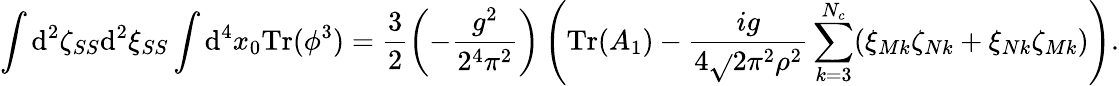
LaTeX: \int\mathrm{d}^{2}\zeta_{SS}\mathrm{d}^{2}\xi_{SS}\int\mathrm{d}^{4}x_{0}\mathrm{{Tr}}(\phi^{3})=\frac{{3}}{{2}}\left(-\frac{{g^{2}}}{{2^{4}\pi^{2}}}\right)\left(\mathrm{{Tr}}(A_{1})-\frac{{ig}}{{4\sqrt{}{{2}}\pi^{2}\rho^{2}}}\sum_{k=3}^{N_{c}}(\xi_{Mk}\zeta_{Nk}+\xi_{Nk}\zeta_{Mk})\right).